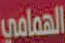
الهمامي